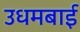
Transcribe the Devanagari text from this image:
उधमबाई